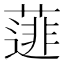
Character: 𮑋